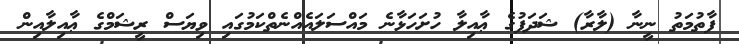
ފާތުމަތު ނީނާ (ލާރާ) ޝަދަފުގެ ޢާއިލާ ހުށަހަޅާނެ މައްސަލައެއްނެތްކަމުގައި ވިޔަސް ރީޝަމްގެ ޢާއިލާއިން